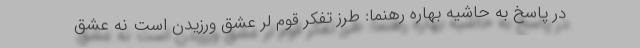
در پاسخ به حاشیه بهاره رهنما: طرز تفکر قوم لُر عشق ورزیدن است نه عشق